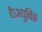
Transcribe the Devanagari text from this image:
हैऽअधुनिक